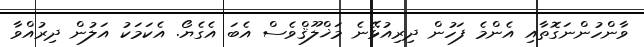
ވާންހުންނަގޮތާއި އެންމެ ފަހުން ދިރިއުޅޭނެ މަޚްލޫޤްވެސް އެބަ އެގެޔޯ. އެކަމަކު އަލުން ދިރުއްވާ